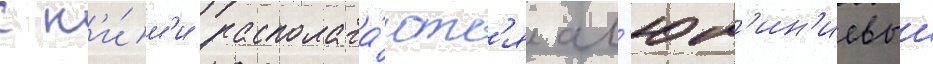
с н'и́м'и располага́ютс'я ал'юм'ин'иевыи